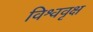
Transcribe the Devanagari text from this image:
विश्ववृक्ष